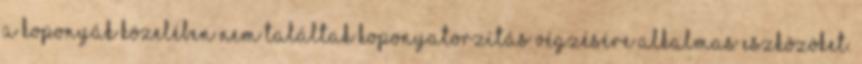
a koponyák közelében nem találtak koponyatorzítás végzésére alkalmas eszközöket.